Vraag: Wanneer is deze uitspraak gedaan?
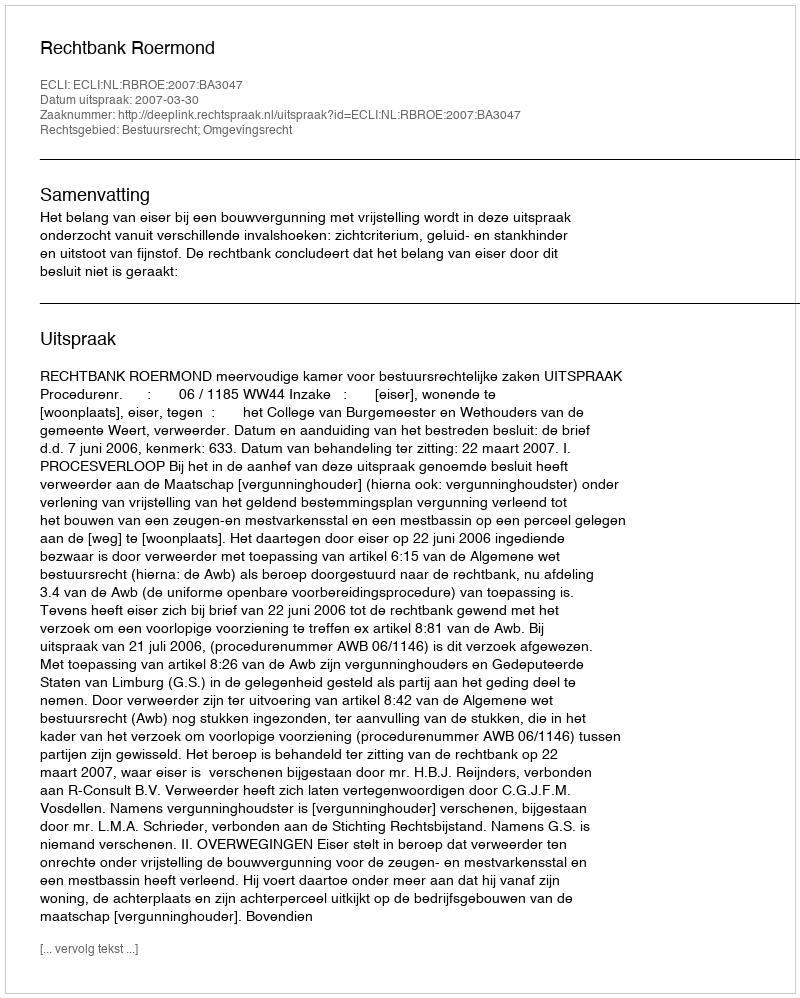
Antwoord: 2007-03-30